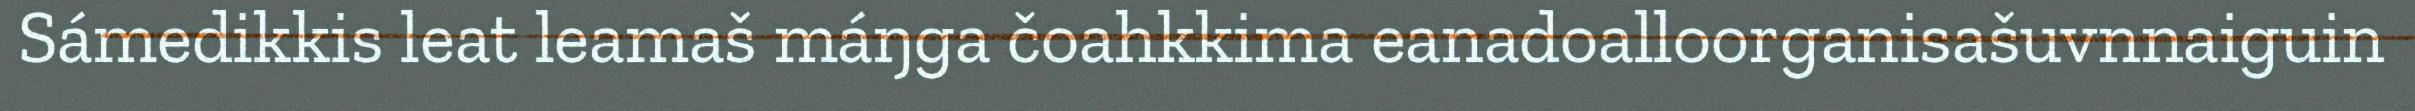
Sámedikkis leat leamaš máŋga čoahkkima eanadoalloorganisašuvnnaiguin